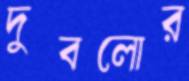
দুবলোর